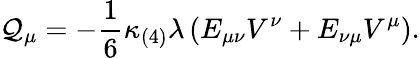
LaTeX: {\cal Q}_{\mu}=-\frac{1}{6}\kappa_{(4)}\lambda\left(E_{\mu\nu}V^{\nu}+E_{\nu\mu}V^{\mu}\right).